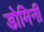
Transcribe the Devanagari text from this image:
डोमिनी